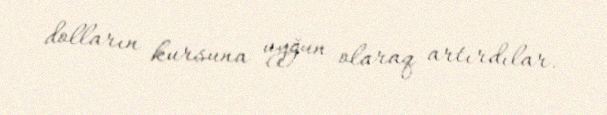
dolların kursuna uyğun olaraq artırdılar.